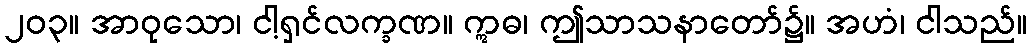
၂၀၃။ အာဝုသော၊ ငါ့ရှင်လက္ခဏ။ ဣဓ၊ ဤသာသနာတော်၌။ အဟံ၊ ငါသည်။